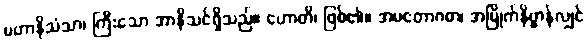
မဟာနိသံသာ၊ ကြီးသော အာနိသင်ရှိသည်။ ဟောတိ၊ ဖြစ်၏။ အမတောဂဓာ၊ အမြိုက်နိဗ္ဗာန်လျှင်